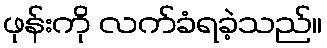
ဖုန်းကို လက်ခံရခဲ့သည်။